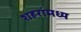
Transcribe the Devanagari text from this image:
शहरांमध्य